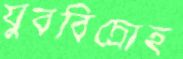
যুববিদ্রোহ